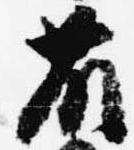
藤